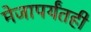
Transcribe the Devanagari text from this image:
मेजापर्यंतही